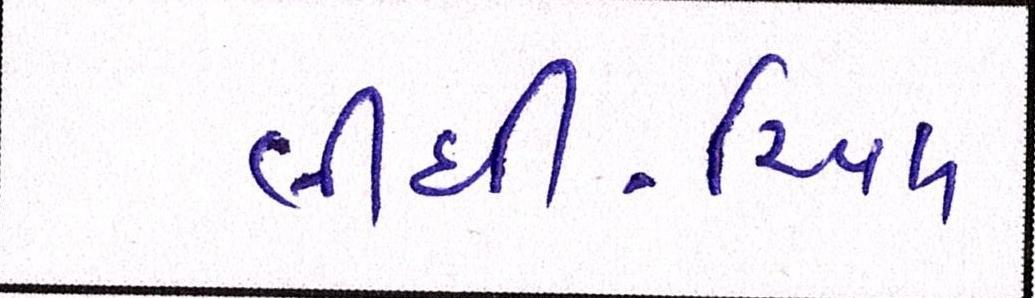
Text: લીધી-રિયલ